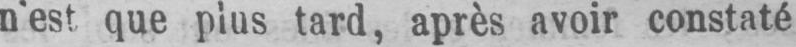
n’est que plus tard, après avoir constaté